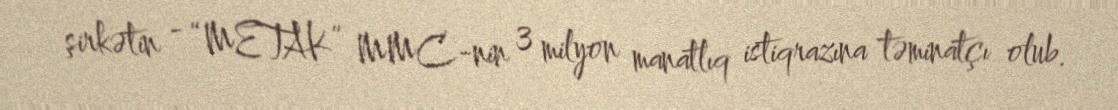
şirkətin - “METAK” MMC-nin 3 milyon manatlıq istiqrazına təminatçı olub.